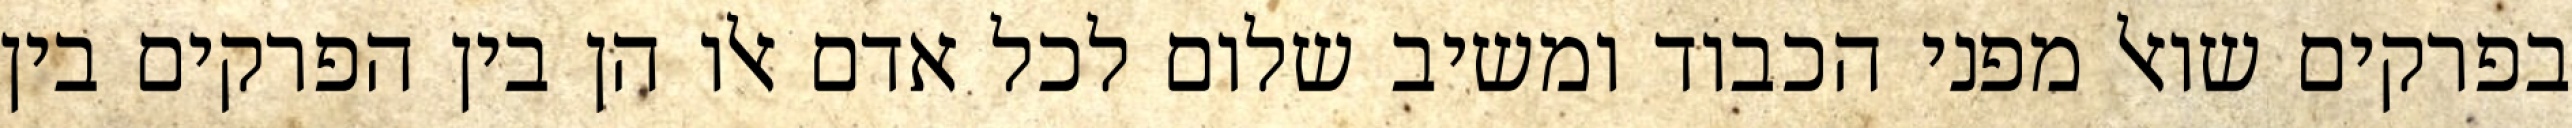
בפרקים שואל מפני הכבוד ומשיב שלום לכל אדם אלו הן בין הפרקים בין